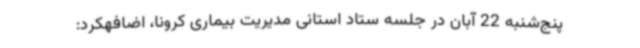
پنج‌شنبه 22 آبان در جلسه ستاد استانی مدیریت بیماری کرونا، اضافهکرد: